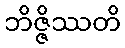
ဘိဇ္ဇိဿတိ